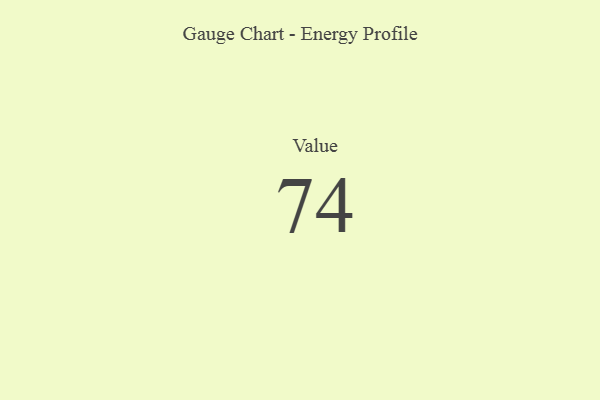
{"axis": {"x": "Metric", "y": "Value"}, "legend": [""], "data": [{"x": "Value", "y": 74, "type": ""}]}